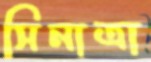
সিনাত্রা